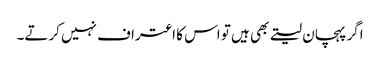
اگر پہچان لیتے بھی ہیں تو اس کا اعتراف نہیں کرتے۔